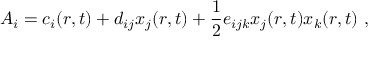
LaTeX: A _ { i } = c _ { i } ( r , t ) + d _ { i j } x _ { j } ( r , t ) + \frac { 1 } { 2 } e _ { i j k } x _ { j } ( r , t ) x _ { k } ( r , t ) ~ ,